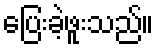
ပြေးခဲ့ဖူးသည်။